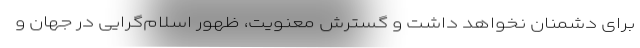
برای دشمنان نخواهد داشت و گسترش معنویت، ظهور اسلام‌گرایی در جهان و